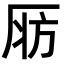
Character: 𣃞